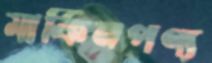
মার্কিনপণ্য